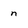
Character: n